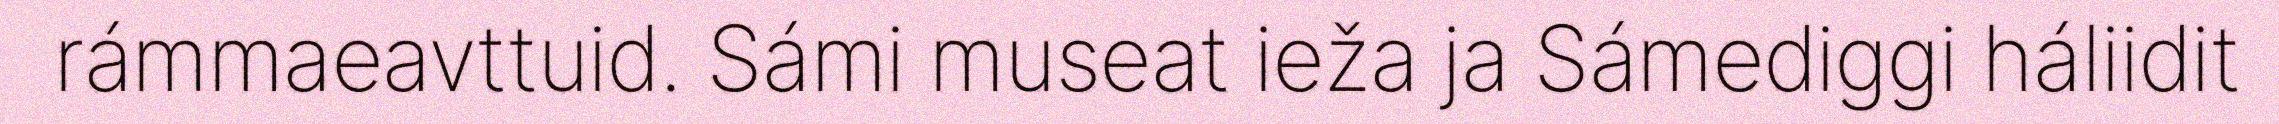
rámmaeavttuid. Sámi museat ieža ja Sámediggi háliidit